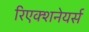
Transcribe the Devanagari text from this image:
रिएक्शनेयर्स